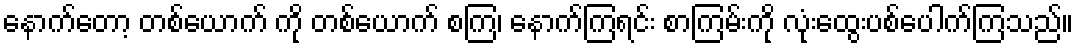
နောက်တော့ တစ်ယောက် ကို တစ်ယောက် စကြ၊ နောက်ကြရင်း စာကြမ်းကို လုံးထွေးပစ်ပေါက်ကြသည်။